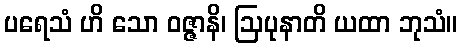
ပရေသံ ဟိ သော ဝဇ္ဇာနိ၊ ဩပုနာတိ ယထာ ဘုသံ။